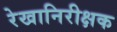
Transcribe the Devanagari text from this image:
रेखानिरीक्षक